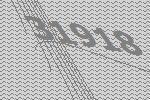
31918